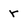
Character: r